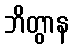
ဘိတွာန